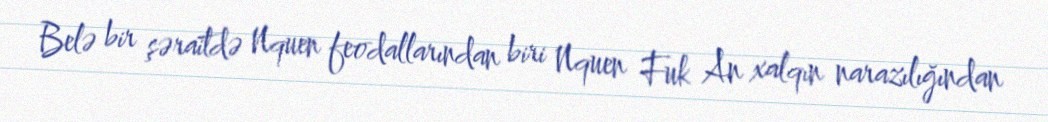
Belə bir şəraitdə Nquen feodallarından biri Nquen Fuk An xalqın narazılığından